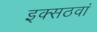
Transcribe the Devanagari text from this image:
इक्सठवां